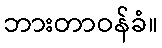
ဘားတာဝန်ခံ။